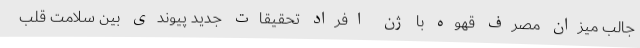
جالب میزان مصرف قهوه با ژن افراد تحقیقات جدید پیوندی بین سلامت قلب